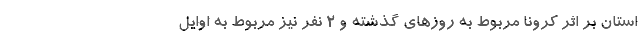
استان بر اثر کرونا مربوط به روزهای گذشته و ۲ نفر نیز مربوط به اوایل